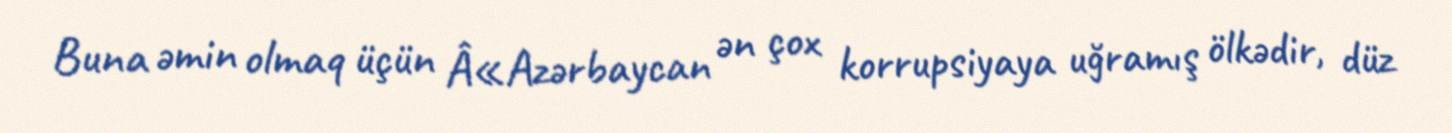
Buna əmin olmaq üçün Â«Azərbaycan ən çox korrupsiyaya uğramış ölkədir, düz